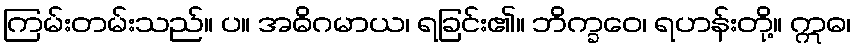
ကြမ်းတမ်းသည်။ ပ။ အဓိဂမာယ၊ ရခြင်း၏။ ဘိက္ခဝေ၊ ရဟန်းတို့။ ဣဓ၊